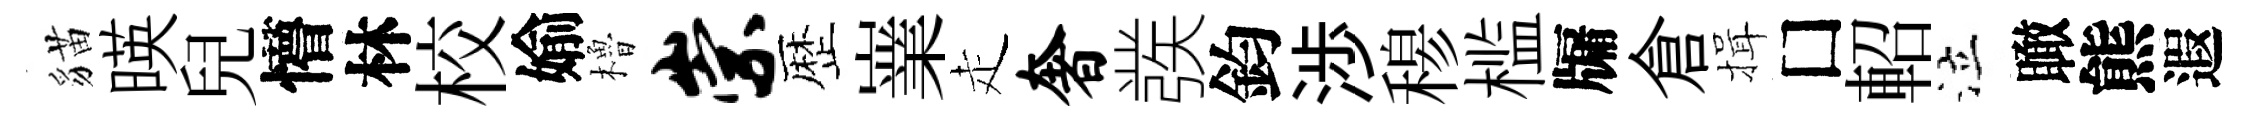
貓暎兒懵林校媮櫓崇歴嶪走奢彂鈞渉𥠇槛牖倉揖□軺泣瞰熊遐